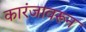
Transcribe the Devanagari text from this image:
कारंजावरून